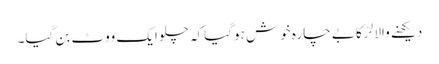
دیکھنے والا لڑکا بے چارہ خوش ہوگیا کہ چلو ایک ووٹ بن گیا۔